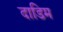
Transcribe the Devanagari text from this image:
दाडिम